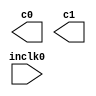
// megafunction wizard: %ALTPLL%VBB%
// GENERATION: STANDARD
// VERSION: WM1.0
// MODULE: altpll 

// ============================================================
// Megafunction Name(s):
// 			altpll
//
// Simulation Library Files(s):
// 			altera_mf
// ============================================================
// ************************************************************
// THIS IS A WIZARD-GENERATED FILE. DO NOT EDIT THIS FILE!
//
// 9.1 Build 350 03/24/2010 SP 2 SJ Full Version
// ************************************************************

//Copyright (C) 1991-2010 Altera Corporation
//Your use of Altera Corporation's design tools, logic functions 
//and other software and tools, and its AMPP partner logic 
//functions, and any output files from any of the foregoing 
//(including device programming or simulation files), and any 
//associated documentation or information are expressly subject 
//to the terms and conditions of the Altera Program License 
//Subscription Agreement, Altera MegaCore Function License 
//Agreement, or other applicable license agreement, including, 
//without limitation, that your use is for the sole purpose of 
//programming logic devices manufactured by Altera and sold by 
//Altera or its authorized distributors.  Please refer to the 
//applicable agreement for further details.

module enet_tx_clk_pll (
	inclk0,
	c0,
	c1);

	input	  inclk0;
	output	  c0;
	output	  c1;

endmodule

// ============================================================
// CNX file retrieval info
// ============================================================
// Retrieval info: PRIVATE: ACTIVECLK_CHECK STRING "0"
// Retrieval info: PRIVATE: BANDWIDTH STRING "1.000"
// Retrieval info: PRIVATE: BANDWIDTH_FEATURE_ENABLED STRING "1"
// Retrieval info: PRIVATE: BANDWIDTH_FREQ_UNIT STRING "MHz"
// Retrieval info: PRIVATE: BANDWIDTH_PRESET STRING "Low"
// Retrieval info: PRIVATE: BANDWIDTH_USE_AUTO STRING "1"
// Retrieval info: PRIVATE: BANDWIDTH_USE_PRESET STRING "0"
// Retrieval info: PRIVATE: CLKBAD_SWITCHOVER_CHECK STRING "0"
// Retrieval info: PRIVATE: CLKLOSS_CHECK STRING "0"
// Retrieval info: PRIVATE: CLKSWITCH_CHECK STRING "0"
// Retrieval info: PRIVATE: CNX_NO_COMPENSATE_RADIO STRING "0"
// Retrieval info: PRIVATE: CREATE_CLKBAD_CHECK STRING "0"
// Retrieval info: PRIVATE: CREATE_INCLK1_CHECK STRING "0"
// Retrieval info: PRIVATE: CUR_DEDICATED_CLK STRING "c0"
// Retrieval info: PRIVATE: CUR_FBIN_CLK STRING "c0"
// Retrieval info: PRIVATE: DEVICE_SPEED_GRADE STRING "Any"
// Retrieval info: PRIVATE: DIV_FACTOR0 NUMERIC "1"
// Retrieval info: PRIVATE: DIV_FACTOR1 NUMERIC "1"
// Retrieval info: PRIVATE: DUTY_CYCLE0 STRING "50.00000000"
// Retrieval info: PRIVATE: DUTY_CYCLE1 STRING "50.00000000"
// Retrieval info: PRIVATE: EFF_OUTPUT_FREQ_VALUE0 STRING "25.000000"
// Retrieval info: PRIVATE: EFF_OUTPUT_FREQ_VALUE1 STRING "25.000000"
// Retrieval info: PRIVATE: EXPLICIT_SWITCHOVER_COUNTER STRING "0"
// Retrieval info: PRIVATE: EXT_FEEDBACK_RADIO STRING "0"
// Retrieval info: PRIVATE: GLOCKED_COUNTER_EDIT_CHANGED STRING "1"
// Retrieval info: PRIVATE: GLOCKED_FEATURE_ENABLED STRING "0"
// Retrieval info: PRIVATE: GLOCKED_MODE_CHECK STRING "0"
// Retrieval info: PRIVATE: GLOCK_COUNTER_EDIT NUMERIC "1048575"
// Retrieval info: PRIVATE: HAS_MANUAL_SWITCHOVER STRING "1"
// Retrieval info: PRIVATE: INCLK0_FREQ_EDIT STRING "50.000"
// Retrieval info: PRIVATE: INCLK0_FREQ_UNIT_COMBO STRING "MHz"
// Retrieval info: PRIVATE: INCLK1_FREQ_EDIT STRING "100.000"
// Retrieval info: PRIVATE: INCLK1_FREQ_EDIT_CHANGED STRING "1"
// Retrieval info: PRIVATE: INCLK1_FREQ_UNIT_CHANGED STRING "1"
// Retrieval info: PRIVATE: INCLK1_FREQ_UNIT_COMBO STRING "MHz"
// Retrieval info: PRIVATE: INTENDED_DEVICE_FAMILY STRING "Cyclone IV E"
// Retrieval info: PRIVATE: INT_FEEDBACK__MODE_RADIO STRING "1"
// Retrieval info: PRIVATE: LOCKED_OUTPUT_CHECK STRING "0"
// Retrieval info: PRIVATE: LONG_SCAN_RADIO STRING "1"
// Retrieval info: PRIVATE: LVDS_MODE_DATA_RATE STRING "300.000"
// Retrieval info: PRIVATE: LVDS_MODE_DATA_RATE_DIRTY NUMERIC "0"
// Retrieval info: PRIVATE: LVDS_PHASE_SHIFT_UNIT0 STRING "deg"
// Retrieval info: PRIVATE: LVDS_PHASE_SHIFT_UNIT1 STRING "deg"
// Retrieval info: PRIVATE: MIG_DEVICE_SPEED_GRADE STRING "Any"
// Retrieval info: PRIVATE: MIRROR_CLK0 STRING "0"
// Retrieval info: PRIVATE: MIRROR_CLK1 STRING "0"
// Retrieval info: PRIVATE: MULT_FACTOR0 NUMERIC "1"
// Retrieval info: PRIVATE: MULT_FACTOR1 NUMERIC "1"
// Retrieval info: PRIVATE: NORMAL_MODE_RADIO STRING "1"
// Retrieval info: PRIVATE: OUTPUT_FREQ0 STRING "25.00000000"
// Retrieval info: PRIVATE: OUTPUT_FREQ1 STRING "25.00000000"
// Retrieval info: PRIVATE: OUTPUT_FREQ_MODE0 STRING "1"
// Retrieval info: PRIVATE: OUTPUT_FREQ_MODE1 STRING "1"
// Retrieval info: PRIVATE: OUTPUT_FREQ_UNIT0 STRING "MHz"
// Retrieval info: PRIVATE: OUTPUT_FREQ_UNIT1 STRING "MHz"
// Retrieval info: PRIVATE: PHASE_RECONFIG_FEATURE_ENABLED STRING "1"
// Retrieval info: PRIVATE: PHASE_RECONFIG_INPUTS_CHECK STRING "0"
// Retrieval info: PRIVATE: PHASE_SHIFT0 STRING "0.00000000"
// Retrieval info: PRIVATE: PHASE_SHIFT1 STRING "90.00000000"
// Retrieval info: PRIVATE: PHASE_SHIFT_STEP_ENABLED_CHECK STRING "0"
// Retrieval info: PRIVATE: PHASE_SHIFT_UNIT0 STRING "deg"
// Retrieval info: PRIVATE: PHASE_SHIFT_UNIT1 STRING "deg"
// Retrieval info: PRIVATE: PLL_ADVANCED_PARAM_CHECK STRING "0"
// Retrieval info: PRIVATE: PLL_ARESET_CHECK STRING "0"
// Retrieval info: PRIVATE: PLL_AUTOPLL_CHECK NUMERIC "1"
// Retrieval info: PRIVATE: PLL_ENHPLL_CHECK NUMERIC "0"
// Retrieval info: PRIVATE: PLL_FASTPLL_CHECK NUMERIC "0"
// Retrieval info: PRIVATE: PLL_FBMIMIC_CHECK STRING "0"
// Retrieval info: PRIVATE: PLL_LVDS_PLL_CHECK NUMERIC "0"
// Retrieval info: PRIVATE: PLL_PFDENA_CHECK STRING "0"
// Retrieval info: PRIVATE: PLL_TARGET_HARCOPY_CHECK NUMERIC "0"
// Retrieval info: PRIVATE: PRIMARY_CLK_COMBO STRING "inclk0"
// Retrieval info: PRIVATE: RECONFIG_FILE STRING "enet_tx_clk_pll.mif"
// Retrieval info: PRIVATE: SACN_INPUTS_CHECK STRING "0"
// Retrieval info: PRIVATE: SCAN_FEATURE_ENABLED STRING "1"
// Retrieval info: PRIVATE: SELF_RESET_LOCK_LOSS STRING "0"
// Retrieval info: PRIVATE: SHORT_SCAN_RADIO STRING "0"
// Retrieval info: PRIVATE: SPREAD_FEATURE_ENABLED STRING "0"
// Retrieval info: PRIVATE: SPREAD_FREQ STRING "50.000"
// Retrieval info: PRIVATE: SPREAD_FREQ_UNIT STRING "KHz"
// Retrieval info: PRIVATE: SPREAD_PERCENT STRING "0.500"
// Retrieval info: PRIVATE: SPREAD_USE STRING "0"
// Retrieval info: PRIVATE: SRC_SYNCH_COMP_RADIO STRING "0"
// Retrieval info: PRIVATE: STICKY_CLK0 STRING "1"
// Retrieval info: PRIVATE: STICKY_CLK1 STRING "1"
// Retrieval info: PRIVATE: SWITCHOVER_COUNT_EDIT NUMERIC "1"
// Retrieval info: PRIVATE: SWITCHOVER_FEATURE_ENABLED STRING "1"
// Retrieval info: PRIVATE: SYNTH_WRAPPER_GEN_POSTFIX STRING "0"
// Retrieval info: PRIVATE: USE_CLK0 STRING "1"
// Retrieval info: PRIVATE: USE_CLK1 STRING "1"
// Retrieval info: PRIVATE: USE_CLKENA0 STRING "0"
// Retrieval info: PRIVATE: USE_CLKENA1 STRING "0"
// Retrieval info: PRIVATE: USE_MIL_SPEED_GRADE NUMERIC "0"
// Retrieval info: PRIVATE: ZERO_DELAY_RADIO STRING "0"
// Retrieval info: LIBRARY: altera_mf altera_mf.altera_mf_components.all
// Retrieval info: CONSTANT: BANDWIDTH_TYPE STRING "AUTO"
// Retrieval info: CONSTANT: CLK0_DIVIDE_BY NUMERIC "2"
// Retrieval info: CONSTANT: CLK0_DUTY_CYCLE NUMERIC "50"
// Retrieval info: CONSTANT: CLK0_MULTIPLY_BY NUMERIC "1"
// Retrieval info: CONSTANT: CLK0_PHASE_SHIFT STRING "0"
// Retrieval info: CONSTANT: CLK1_DIVIDE_BY NUMERIC "2"
// Retrieval info: CONSTANT: CLK1_DUTY_CYCLE NUMERIC "50"
// Retrieval info: CONSTANT: CLK1_MULTIPLY_BY NUMERIC "1"
// Retrieval info: CONSTANT: CLK1_PHASE_SHIFT STRING "10000"
// Retrieval info: CONSTANT: COMPENSATE_CLOCK STRING "CLK0"
// Retrieval info: CONSTANT: INCLK0_INPUT_FREQUENCY NUMERIC "20000"
// Retrieval info: CONSTANT: INTENDED_DEVICE_FAMILY STRING "Cyclone IV E"
// Retrieval info: CONSTANT: LPM_TYPE STRING "altpll"
// Retrieval info: CONSTANT: OPERATION_MODE STRING "NORMAL"
// Retrieval info: CONSTANT: PLL_TYPE STRING "AUTO"
// Retrieval info: CONSTANT: PORT_ACTIVECLOCK STRING "PORT_UNUSED"
// Retrieval info: CONSTANT: PORT_ARESET STRING "PORT_UNUSED"
// Retrieval info: CONSTANT: PORT_CLKBAD0 STRING "PORT_UNUSED"
// Retrieval info: CONSTANT: PORT_CLKBAD1 STRING "PORT_UNUSED"
// Retrieval info: CONSTANT: PORT_CLKLOSS STRING "PORT_UNUSED"
// Retrieval info: CONSTANT: PORT_CLKSWITCH STRING "PORT_UNUSED"
// Retrieval info: CONSTANT: PORT_CONFIGUPDATE STRING "PORT_UNUSED"
// Retrieval info: CONSTANT: PORT_FBIN STRING "PORT_UNUSED"
// Retrieval info: CONSTANT: PORT_INCLK0 STRING "PORT_USED"
// Retrieval info: CONSTANT: PORT_INCLK1 STRING "PORT_UNUSED"
// Retrieval info: CONSTANT: PORT_LOCKED STRING "PORT_UNUSED"
// Retrieval info: CONSTANT: PORT_PFDENA STRING "PORT_UNUSED"
// Retrieval info: CONSTANT: PORT_PHASECOUNTERSELECT STRING "PORT_UNUSED"
// Retrieval info: CONSTANT: PORT_PHASEDONE STRING "PORT_UNUSED"
// Retrieval info: CONSTANT: PORT_PHASESTEP STRING "PORT_UNUSED"
// Retrieval info: CONSTANT: PORT_PHASEUPDOWN STRING "PORT_UNUSED"
// Retrieval info: CONSTANT: PORT_PLLENA STRING "PORT_UNUSED"
// Retrieval info: CONSTANT: PORT_SCANACLR STRING "PORT_UNUSED"
// Retrieval info: CONSTANT: PORT_SCANCLK STRING "PORT_UNUSED"
// Retrieval info: CONSTANT: PORT_SCANCLKENA STRING "PORT_UNUSED"
// Retrieval info: CONSTANT: PORT_SCANDATA STRING "PORT_UNUSED"
// Retrieval info: CONSTANT: PORT_SCANDATAOUT STRING "PORT_UNUSED"
// Retrieval info: CONSTANT: PORT_SCANDONE STRING "PORT_UNUSED"
// Retrieval info: CONSTANT: PORT_SCANREAD STRING "PORT_UNUSED"
// Retrieval info: CONSTANT: PORT_SCANWRITE STRING "PORT_UNUSED"
// Retrieval info: CONSTANT: PORT_clk0 STRING "PORT_USED"
// Retrieval info: CONSTANT: PORT_clk1 STRING "PORT_USED"
// Retrieval info: CONSTANT: PORT_clk2 STRING "PORT_UNUSED"
// Retrieval info: CONSTANT: PORT_clk3 STRING "PORT_UNUSED"
// Retrieval info: CONSTANT: PORT_clk4 STRING "PORT_UNUSED"
// Retrieval info: CONSTANT: PORT_clk5 STRING "PORT_UNUSED"
// Retrieval info: CONSTANT: PORT_clkena0 STRING "PORT_UNUSED"
// Retrieval info: CONSTANT: PORT_clkena1 STRING "PORT_UNUSED"
// Retrieval info: CONSTANT: PORT_clkena2 STRING "PORT_UNUSED"
// Retrieval info: CONSTANT: PORT_clkena3 STRING "PORT_UNUSED"
// Retrieval info: CONSTANT: PORT_clkena4 STRING "PORT_UNUSED"
// Retrieval info: CONSTANT: PORT_clkena5 STRING "PORT_UNUSED"
// Retrieval info: CONSTANT: PORT_extclk0 STRING "PORT_UNUSED"
// Retrieval info: CONSTANT: PORT_extclk1 STRING "PORT_UNUSED"
// Retrieval info: CONSTANT: PORT_extclk2 STRING "PORT_UNUSED"
// Retrieval info: CONSTANT: PORT_extclk3 STRING "PORT_UNUSED"
// Retrieval info: CONSTANT: WIDTH_CLOCK NUMERIC "5"
// Retrieval info: USED_PORT: @clk 0 0 5 0 OUTPUT_CLK_EXT VCC "@clk[4..0]"
// Retrieval info: USED_PORT: c0 0 0 0 0 OUTPUT_CLK_EXT VCC "c0"
// Retrieval info: USED_PORT: c1 0 0 0 0 OUTPUT_CLK_EXT VCC "c1"
// Retrieval info: USED_PORT: inclk0 0 0 0 0 INPUT_CLK_EXT GND "inclk0"
// Retrieval info: CONNECT: @inclk 0 0 1 0 inclk0 0 0 0 0
// Retrieval info: CONNECT: c0 0 0 0 0 @clk 0 0 1 0
// Retrieval info: CONNECT: c1 0 0 0 0 @clk 0 0 1 1
// Retrieval info: CONNECT: @inclk 0 0 1 1 GND 0 0 0 0
// Retrieval info: GEN_FILE: TYPE_NORMAL enet_tx_clk_pll.v TRUE
// Retrieval info: GEN_FILE: TYPE_NORMAL enet_tx_clk_pll.ppf TRUE
// Retrieval info: GEN_FILE: TYPE_NORMAL enet_tx_clk_pll.inc FALSE
// Retrieval info: GEN_FILE: TYPE_NORMAL enet_tx_clk_pll.cmp FALSE
// Retrieval info: GEN_FILE: TYPE_NORMAL enet_tx_clk_pll.bsf TRUE
// Retrieval info: GEN_FILE: TYPE_NORMAL enet_tx_clk_pll_inst.v FALSE
// Retrieval info: GEN_FILE: TYPE_NORMAL enet_tx_clk_pll_bb.v TRUE
// Retrieval info: GEN_FILE: TYPE_NORMAL enet_tx_clk_pll_waveforms.html TRUE
// Retrieval info: GEN_FILE: TYPE_NORMAL enet_tx_clk_pll_wave*.jpg FALSE
// Retrieval info: LIB_FILE: altera_mf
// Retrieval info: CBX_MODULE_PREFIX: ON